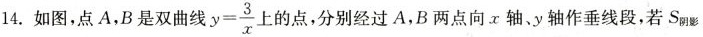
14. 如图，点A，B是双曲线 $$y = \frac